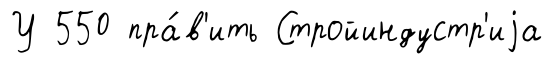
У 550 пра́в'ить Стройиндустр'иjа